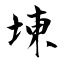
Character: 埬